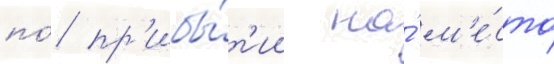
по́ пр'ибы́т'ии на́ м'е́сто